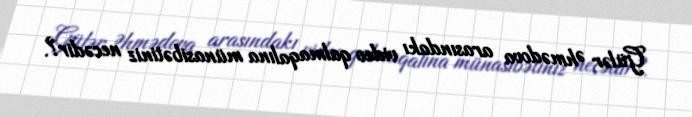
Gülər Əhmədova arasındakı video qalmaqalına münasibətiniz necədir?.